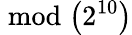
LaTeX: \bmod{\left(2^{10}\right)}